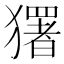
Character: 𭸭